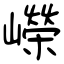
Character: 嶸